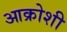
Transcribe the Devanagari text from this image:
आक्रोशी